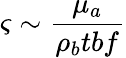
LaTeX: \varsigma\sim\frac{\mu_{a}}{\rho_{b}tbf}